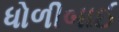
ધોળીબાઈ